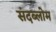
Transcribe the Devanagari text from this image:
संदब्लोम